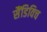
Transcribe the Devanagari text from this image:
सैंडिविच